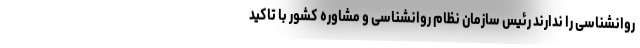
روانشناسی را ندارند رئیس سازمان نظام روانشناسی و مشاوره کشور با تاکید